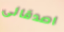
اصدقائى